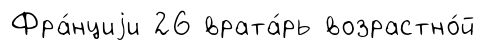
Фра́нциjи 26 врата́рь возрастно́й